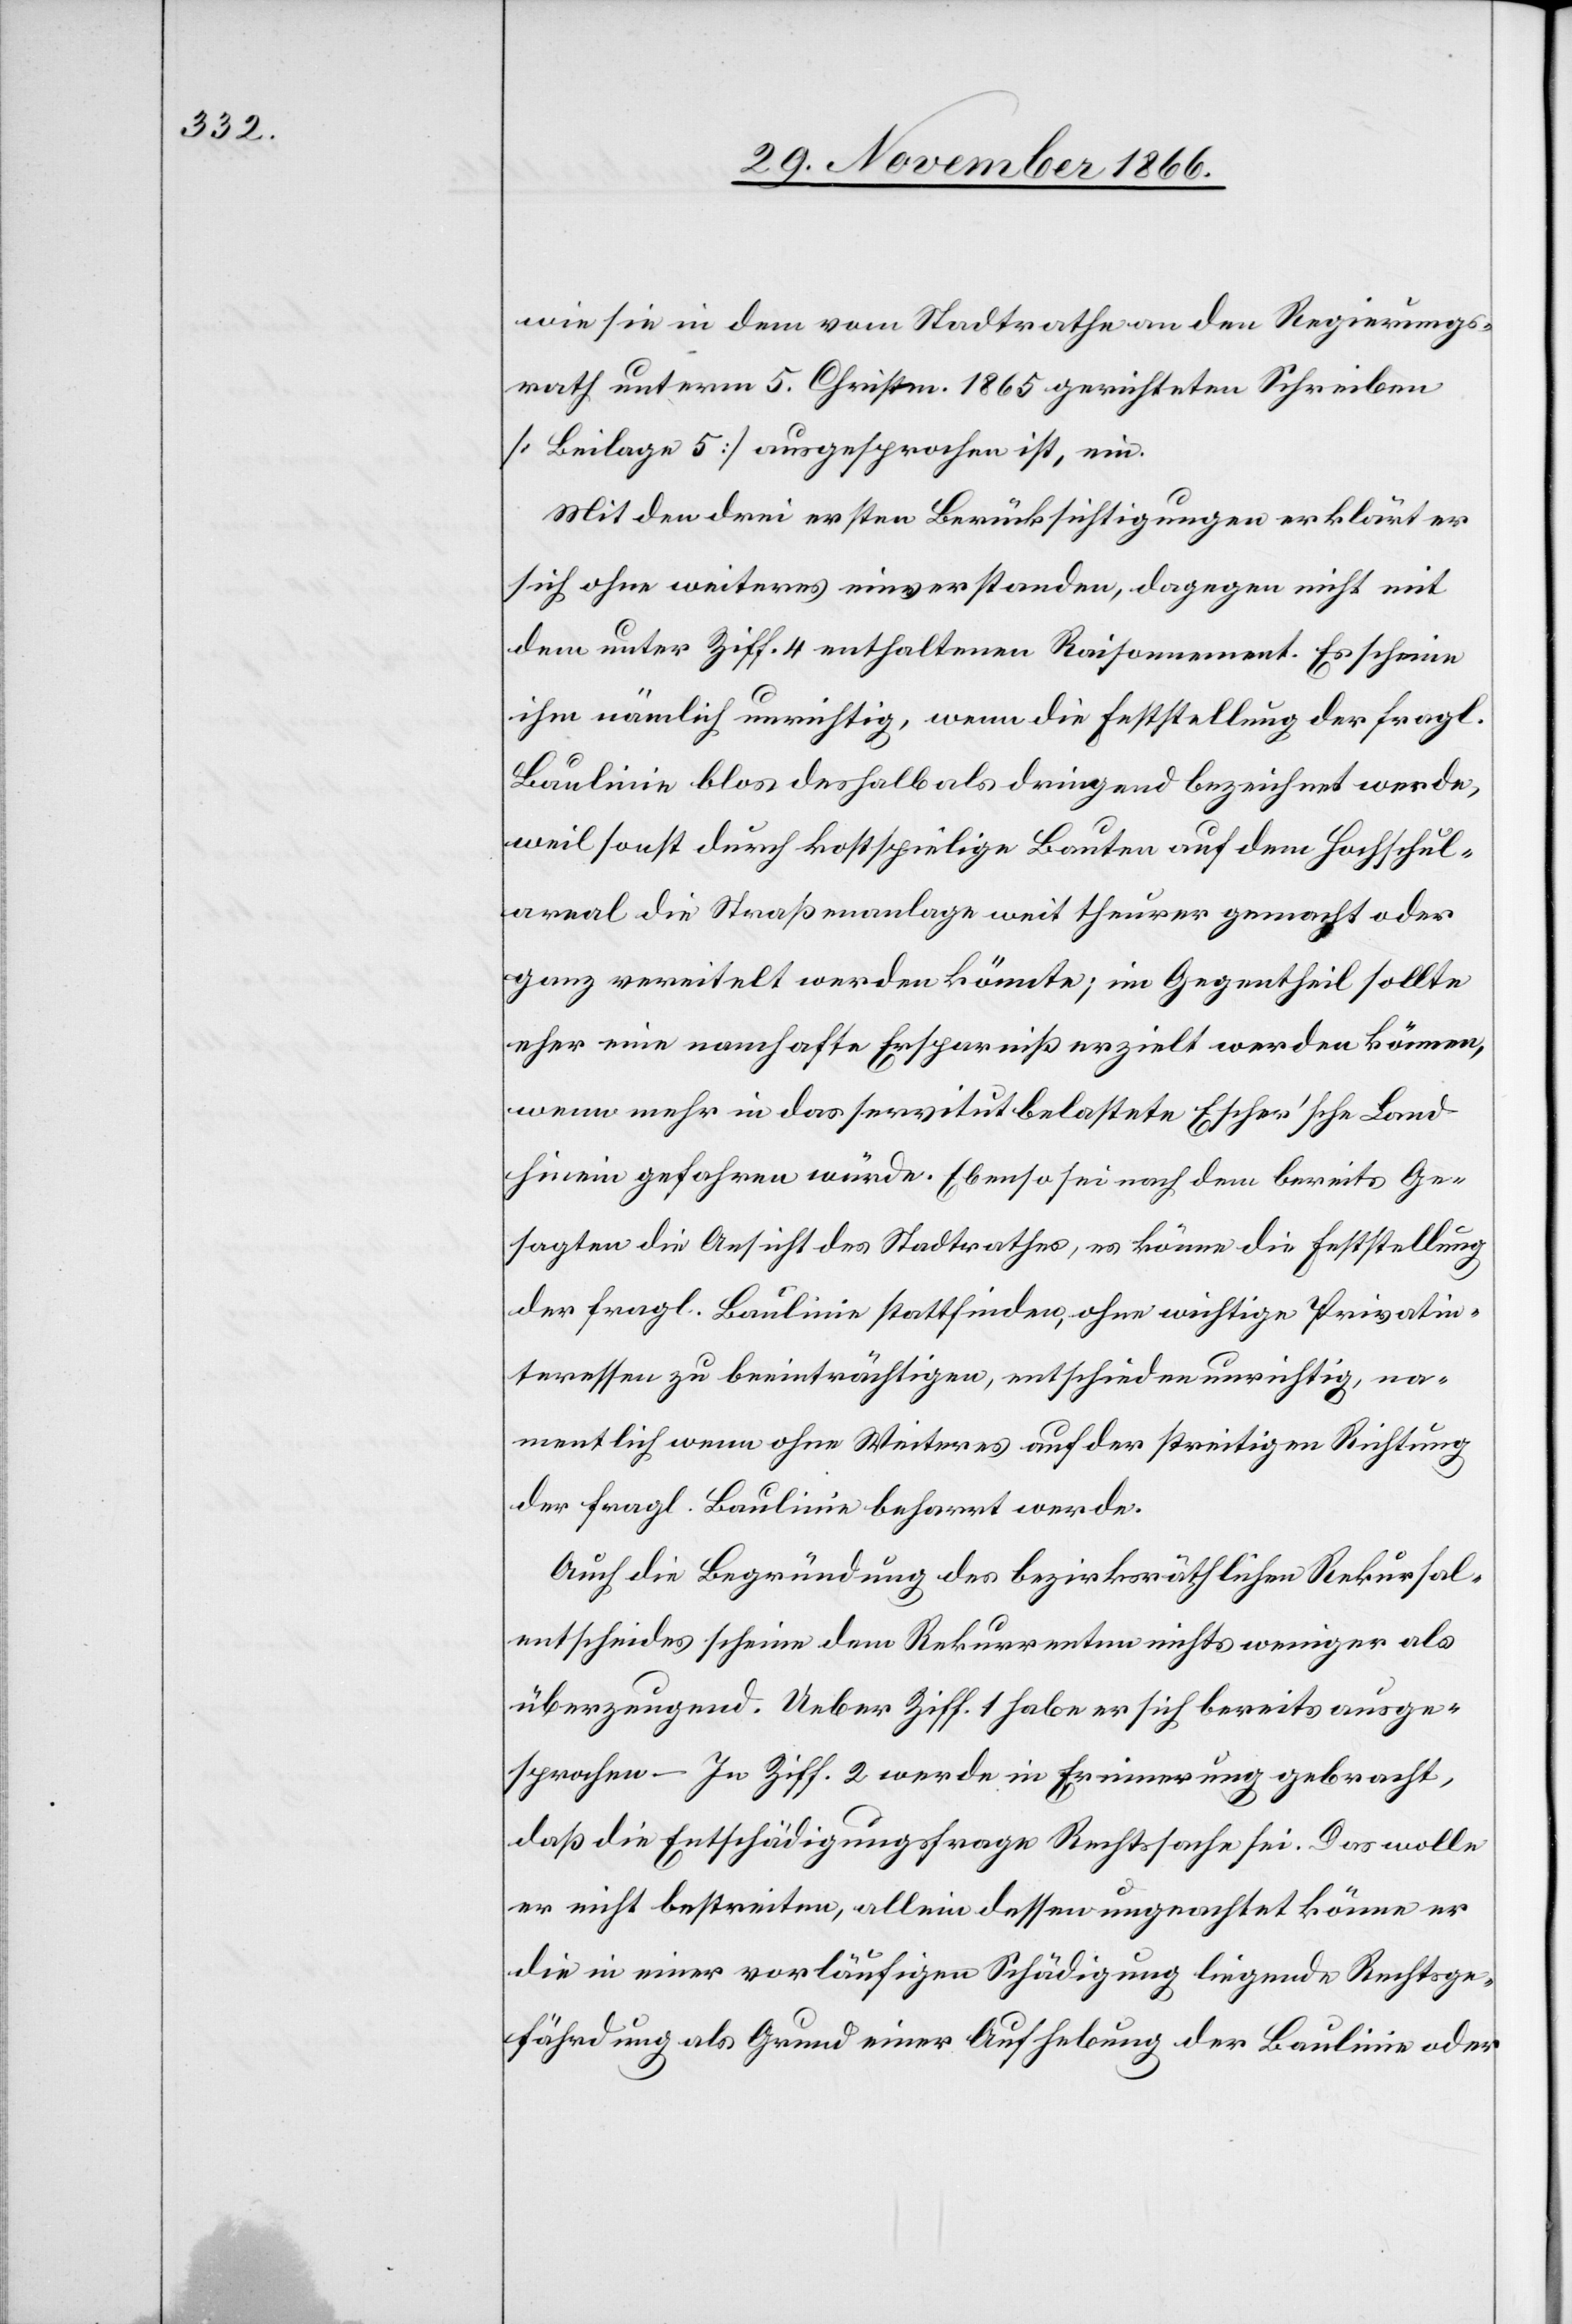
wie sie in dem vom Stadtrathe an den Regierungs¬
rath unterm 5. Christm. 1865 gerichteten Schreiben
[Beilage 5] ausgesprochen ist, ein.
Mit den drei ersten Berücksichtigungen erklärt er
sich ohne weiteres einverstanden, dagegen nicht mit
dem unter Ziff. 4 enthaltenen Raisonnement. Es scheine
ihm nämlich unrichtig, wenn die Feststellung der fragl.
Baulinie blos deshalb als dringend bezeichnet werde,
weil sonst durch kostspielige Bauten auf dem Hochschul¬
areal die Straßenanlage weit theurer gemacht oder
ganz vereitelt werden könnte; im Gegentheil sollte
eher eine namhafte Ersparniß erzielt werden können,
wenn mehr in das servitutbelastete Escher’sche Land
hinein gefahren würde. Ebenso sei nach dem bereits Ge¬
sagten die Ansicht des Stadtrathes, es könne die Feststellung
der fragl. Baulinie stattfinden, ohne wichtige Privatin¬
teressen zu beeinträchtigen, entschieden unrichtig, na¬
mentlich wenn ohne Weiteres auf der streitigen Richtung
der fragl. Baulinie beharrt werde.
Auch die Begründung des bezirksräthlichen Rekursal¬
entscheides scheine dem Rekurrenten nichts weniger als
überzeugend. Ueber Ziff. 1 habe er sich bereits ausge¬
sprochen. – In Ziff. 2 werde in Erinnerung gebracht,
daß die Entschädigungsfrage Rechtssache sei. Das wolle
er nicht bestreiten, allein dessen ungeachtet könne er
die in einer vorläufigen Schädigung liegende Rechtsge¬
fährdung als Grund einer Aufhebung der Baulinie oder